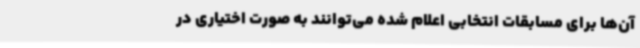
آن‌ها برای مسابقات انتخابی اعلام شده می‌توانند به صورت اختیاری در